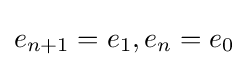
e_{n+1}=e_{1},e_{n}=e_{0}